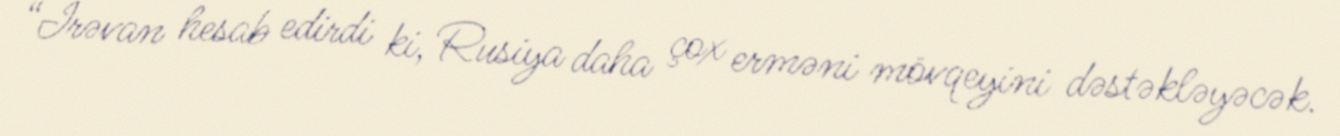
“İrəvan hesab edirdi ki, Rusiya daha çox erməni mövqeyini dəstəkləyəcək.